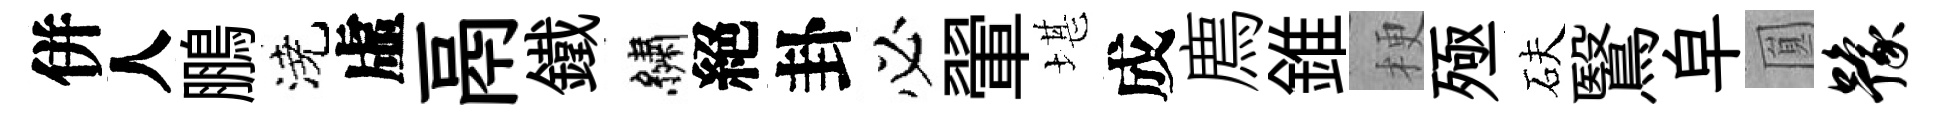
併人鵬澆虛鬲鐵繡絕卦必翬堪成廌錐梗殛砆鷖皁圎豫